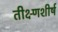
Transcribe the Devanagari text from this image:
तीक्ष्णशीर्ष